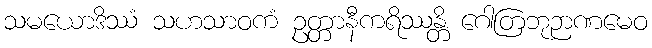
သမယောဒိဿံ သဟသာဝကံ ဥတ္တာနီကရိဿန္တိ ဂေါတြဘုဉာဏမေဝ